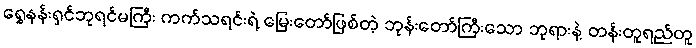
ရွှေနန်းရှင်ဘုရင်မကြီး ကက်သရင်းရဲ့ မြေးတော်ဖြစ်တဲ့ ဘုန်းတော်ကြီးသော ဘုရားနဲ့ တန်းတူရည်တူ